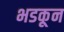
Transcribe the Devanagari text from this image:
भडकून